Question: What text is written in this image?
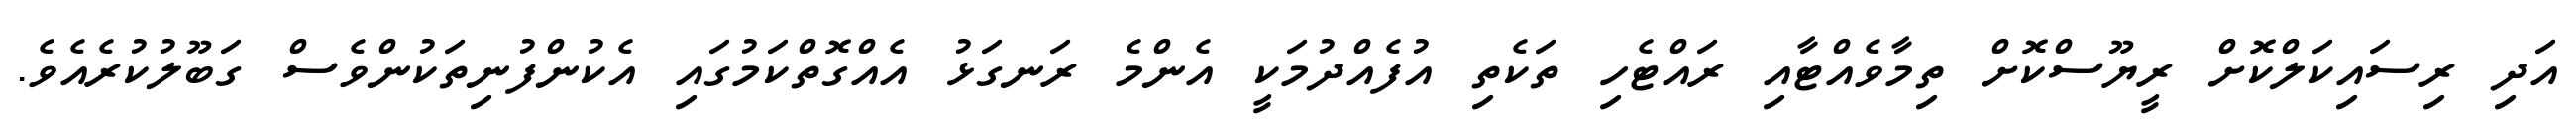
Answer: އަދި ރިސައިކަލްކޮށް ރީޔޫސްކޮށް ތިމާވެއްޓާއި ރައްޓެހި ތަކެތި އުފެއްދުމަކީ އެންމެ ރަނގަޅު އެއްގޮތްކަމުގައި އެކުންފުނިތަކުންވެސް ގަބޫލުކުރެއެވެ.